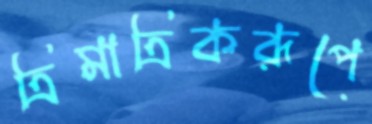
ত্রিমাত্রিকরূপে